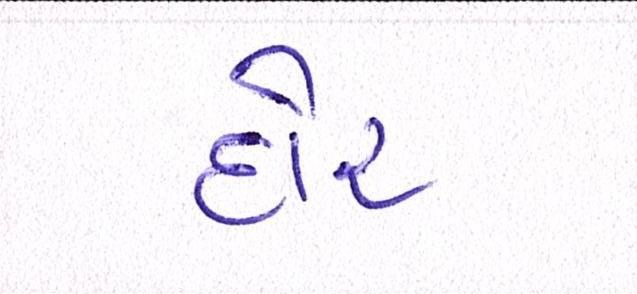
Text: દોર